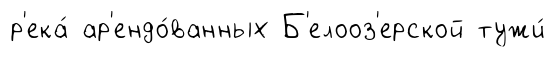
р'ека́ ар'ендо́ванных Б'елооз'ерской тужи́